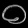
Digit: ၀